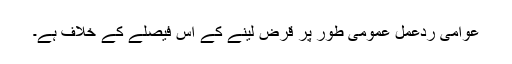
عوامی ردعمل عمومی طور پر قرض لینے کے اس فیصلے کے خلاف ہے۔